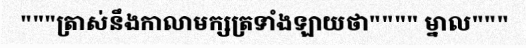
"""ត្រាស់នឹងកាលាមក្សត្រទាំងឡាយថា"""" ម្នាល"""